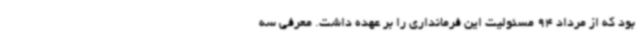
بود که از مرداد 94 مسئولیت این فرمانداری را بر عهده‌ داشت. معرفی سه